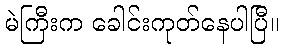
မဲကြီးက ခေါင်းကုတ်နေပါပြီ။